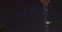
માગશર